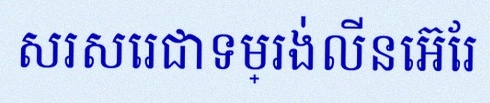
សរសេរជាទម្រង់លីនេអ៊ែរ